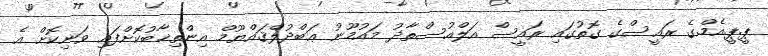
ޕީ.ޕީ.އެމް.ގެ ރައީސްގެ ގޮތުގައި ރައީސް އަލްއުސްތާޛު މައުމޫނު ޢަބްދުލްޤައްޔޫމް އިންތިޚާބުކޮށްފައި ވަނިކޮށް އެ